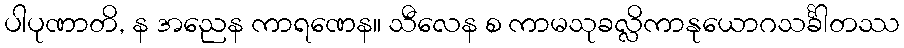
ပါပုဏာတိ, န အညေန ကာရဏေန။ သီလေန စ ကာမသုခလ္လိကာနုယောဂသင်္ခါတဿ